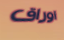
اوراق